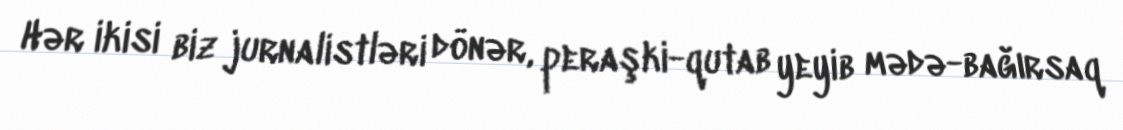
Hər ikisi biz jurnalistləri dönər, peraşki-qutab yeyib mədə-bağırsaq